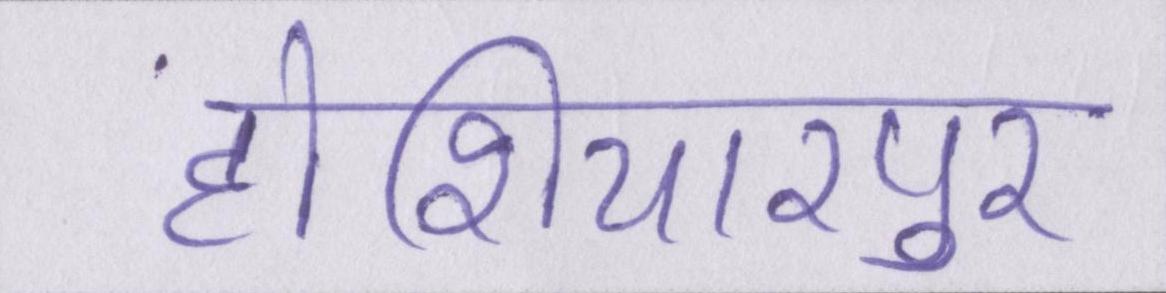
होशियारपुर